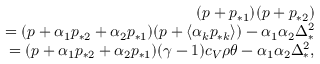
\begin{array} { r } { ( p + p _ { * 1 } ) ( p + p _ { * 2 } ) } \\ { = ( p + \alpha _ { 1 } p _ { * 2 } + \alpha _ { 2 } p _ { * 1 } ) ( p + \langle \alpha _ { k } p _ { * k } \rangle ) - \alpha _ { 1 } \alpha _ { 2 } \Delta _ { * } ^ { 2 } } \\ { = ( p + \alpha _ { 1 } p _ { * 2 } + \alpha _ { 2 } p _ { * 1 } ) ( \gamma - 1 ) c _ { V } \rho \theta - \alpha _ { 1 } \alpha _ { 2 } \Delta _ { * } ^ { 2 } , } \end{array}